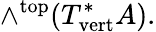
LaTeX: \wedge^{\mathrm{top}}(T_{\mathrm{vert}}^{*}A).